Bombay plague: being a history of the progress of plague in the Bombay presidency from September 1896 to June 1899
Year: 1896
Disease focus: Plague
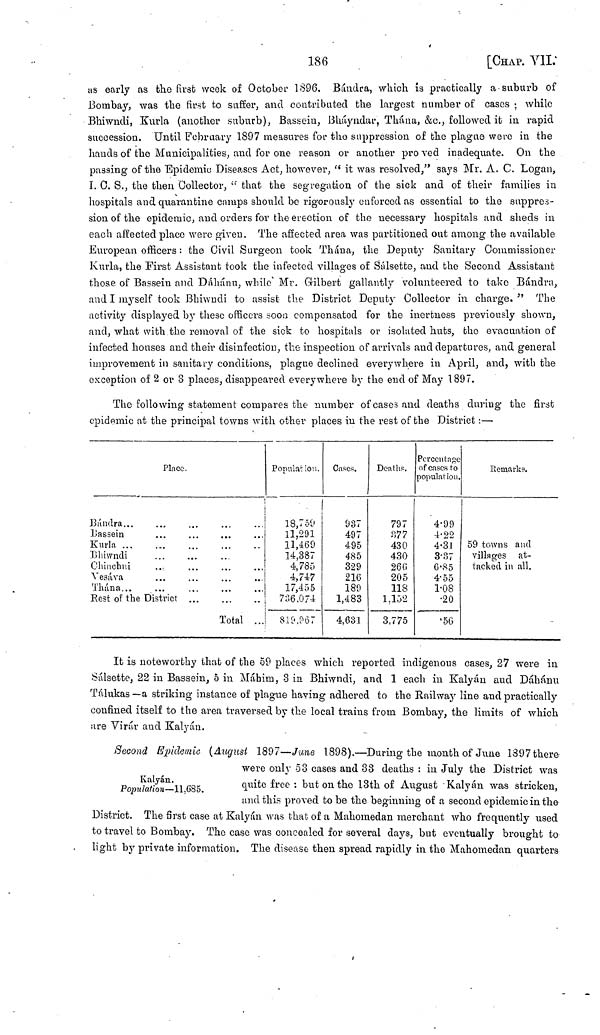
186
[CHAP. VII.
as early as the first week of October 1896. Bándra, which is practically a suburb of
Bombay, was the first to suffer, and contributed the largest number of cases ; while
Bhiwndi, Kurla (another suburb), Bassein, Bháyndar, Thána, &c., followed it in rapid
succession. Until February 1897 measures for the suppression of the plague were in the
hands of the Municipalities, and for one reason or another pro ved inadequate. On the
passing of the Epidemic Diseases Act, however, " it was resolved," says Mr. A. C. Logan,
I. C. S., the then Collector, "that the segregation of the sick and of their families in
hospitals and quarantine camps should be rigorously enforced as essential to the suppres-
sion of the epidemic, and orders for the erection of the necessary hospitals and sheds in
each affected place were given. The affected area was partitioned out among the available
European officers : the Civil Surgeon took Thána, the Deputy Sanitary Commissioner
Kurla, the First Assistant took the infected villages of Sálsette, and the Second Assistant
those of Bassein and Dáhánu, while Mr. Gilbert gallantly volunteered to take Bándru,
and I myself took Bhiwudi to assist the District Deputy Collector in charge." The
activity displayed by these officers soon compensated for the inertness previously shown,
and, what with the removal of the sick to hospitals or isolated huts, the evacuation of
infected houses and their disinfection, the inspection of arrivals and departures, and general
improvement in sanitary conditions, plague declined everywhere in April, and, with the
exception of 2 or 3 places, disappeared everywhere by the end of May 1897.
The following statement compares the number of cases and deaths during the first
epidemic at the principal towns with other places in the rest of the District :—
Bándra...
Bassein
Kurla ...
Bhiwndi...
Chinchni...
Vesàva....
Thána...
Rest of the
Plae
District
c.
...
...
...
.....
...
Total ...
Population.
18,750
11,291
11,469
14,387
4,785
4,747
17,455
7:36,074
819.967
Cases.
937
497
495
485
329
216
189
1,483
4,631
Deaths.
797
377
430
430
26G
205
118
1,152
3,775
Percentage
of cases to
population.
4.99
4.22
4.31
3.37
6.85
4.55
1.08
•20
'56
Remarks.,
59 towns and
villages at-
tacked in all.
It is noteworthy that of the 59 places which reported indigenous cases, 27 were in
Sálsette, 22 in Bassein, 5 in Máhim, 3 in Bhiwndi, and 1 each in Kalyán aud Dáhánu
Táhikas —a striking instance of plague having adhered to the Railway line and practically
confined itself to the area traversed by the local trains from Bombay, the limits of which
are Virar and Kalyán.
Kalyán.
Population—11,685.
Second Epidemic (August 1897—June 1898).—During the month of June 1397 there
were only 53 cases and 33 deaths : in July the District was
quite free : but on the 13th of August · Kalyán was stricken,
and this proved to be the beginning of a second epidemic in the
District. The first case at Kalyán was that of a Mahomedan merchant who frequently used
to travel to Bombay. The case was concealed for several days, but eventually brought to
light by private information. The disease then spread rapidly in the Mahomedan quarters